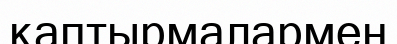
қаптырмалармен